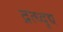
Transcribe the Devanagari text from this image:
द्रत्ध्दृद्य